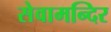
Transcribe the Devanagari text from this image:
सेवामन्दिर